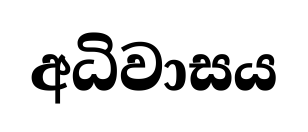
අධිවාසය